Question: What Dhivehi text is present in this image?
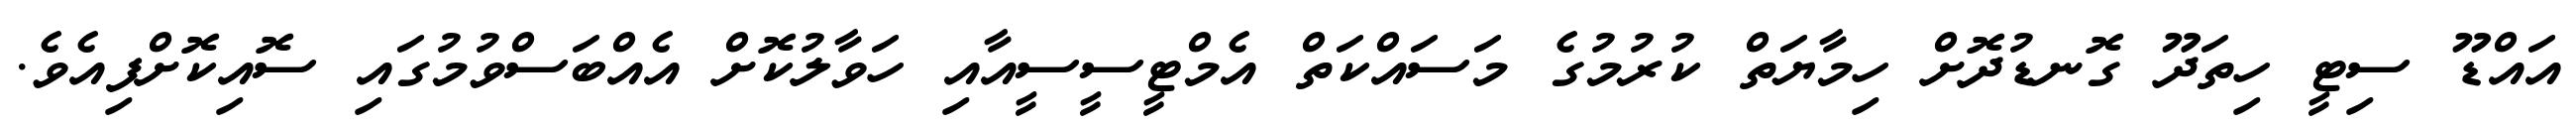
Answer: އައްޑޫ ސިޓީ ހިތަދޫ ގޮނޑުދޮށް ހިމާޔަތް ކުރުމުގެ މަސައްކަތް އެމްޓީސީސީއާއި ހަވާލުކޮށް އެއްބަސްވުމުގައި ސޮއިކޮށްފިއެވެ.